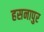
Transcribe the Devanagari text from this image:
हसनापुर